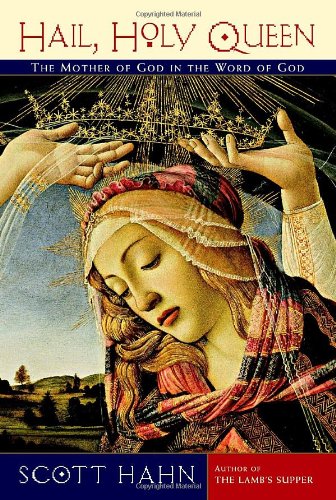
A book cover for Hail, Holy Queen: The Mother of God in the Word of God; Scott Hahn; Christian Books & Bibles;